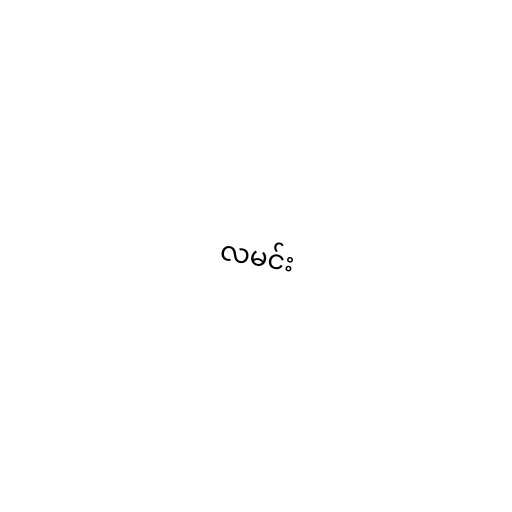
လမင်း